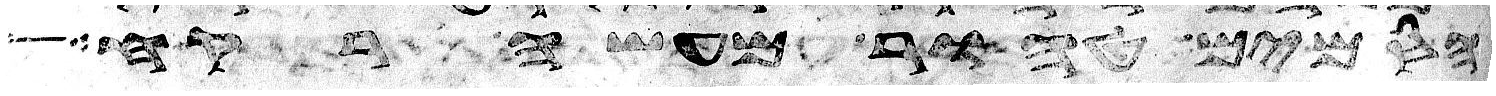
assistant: הסמים טהור מעשה רקח